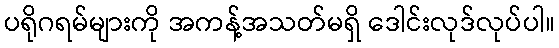
ပရိုဂရမ်များကို အကန့်အသတ်မရှိ ဒေါင်းလုဒ်လုပ်ပါ။